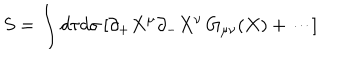
S = \int d \tau d \sigma \, [ \partial _ { + } X ^ { \mu } \partial _ { - } X ^ { \nu } \, G _ { \mu \nu } ( X ) + \cdots ]